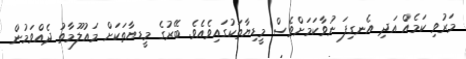
މަރުވި ކަމެއް އަދި އެނގިފަ ނުވާކަމަށްވެސް މީޑިޔާތަކުގައިވެއެވެ. ބޭރުގެ މީީޑޔާތަަކަށް މައުލޫމާތު ދެއްވަމުން